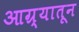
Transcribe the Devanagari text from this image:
आग्र्यातून